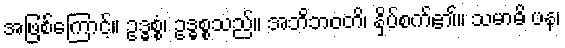
အဖြစ်ကြောင့်။ ဥဒ္ဓစ္စံ၊ ဥဒ္ဓစ္စသည်။ အဘိဘဝတိ၊ နှိပ်စက်၏။ သမာဓိ ပန၊